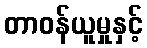
တာဝန်ယူမှုနှင့်